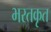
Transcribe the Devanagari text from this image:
भरतकृत